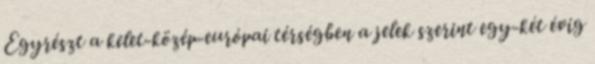
Egyrészt a kelet-közép-európai térségben a jelek szerint egy-két évig